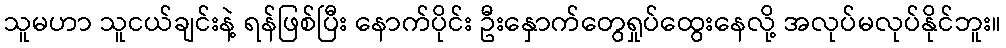
သူမဟာ သူငယ်ချင်းနဲ့ ရန်ဖြစ်ပြီး နောက်ပိုင်း ဦးနှောက်တွေရှုပ်ထွေးနေလို့ အလုပ်မလုပ်နိုင်ဘူး။